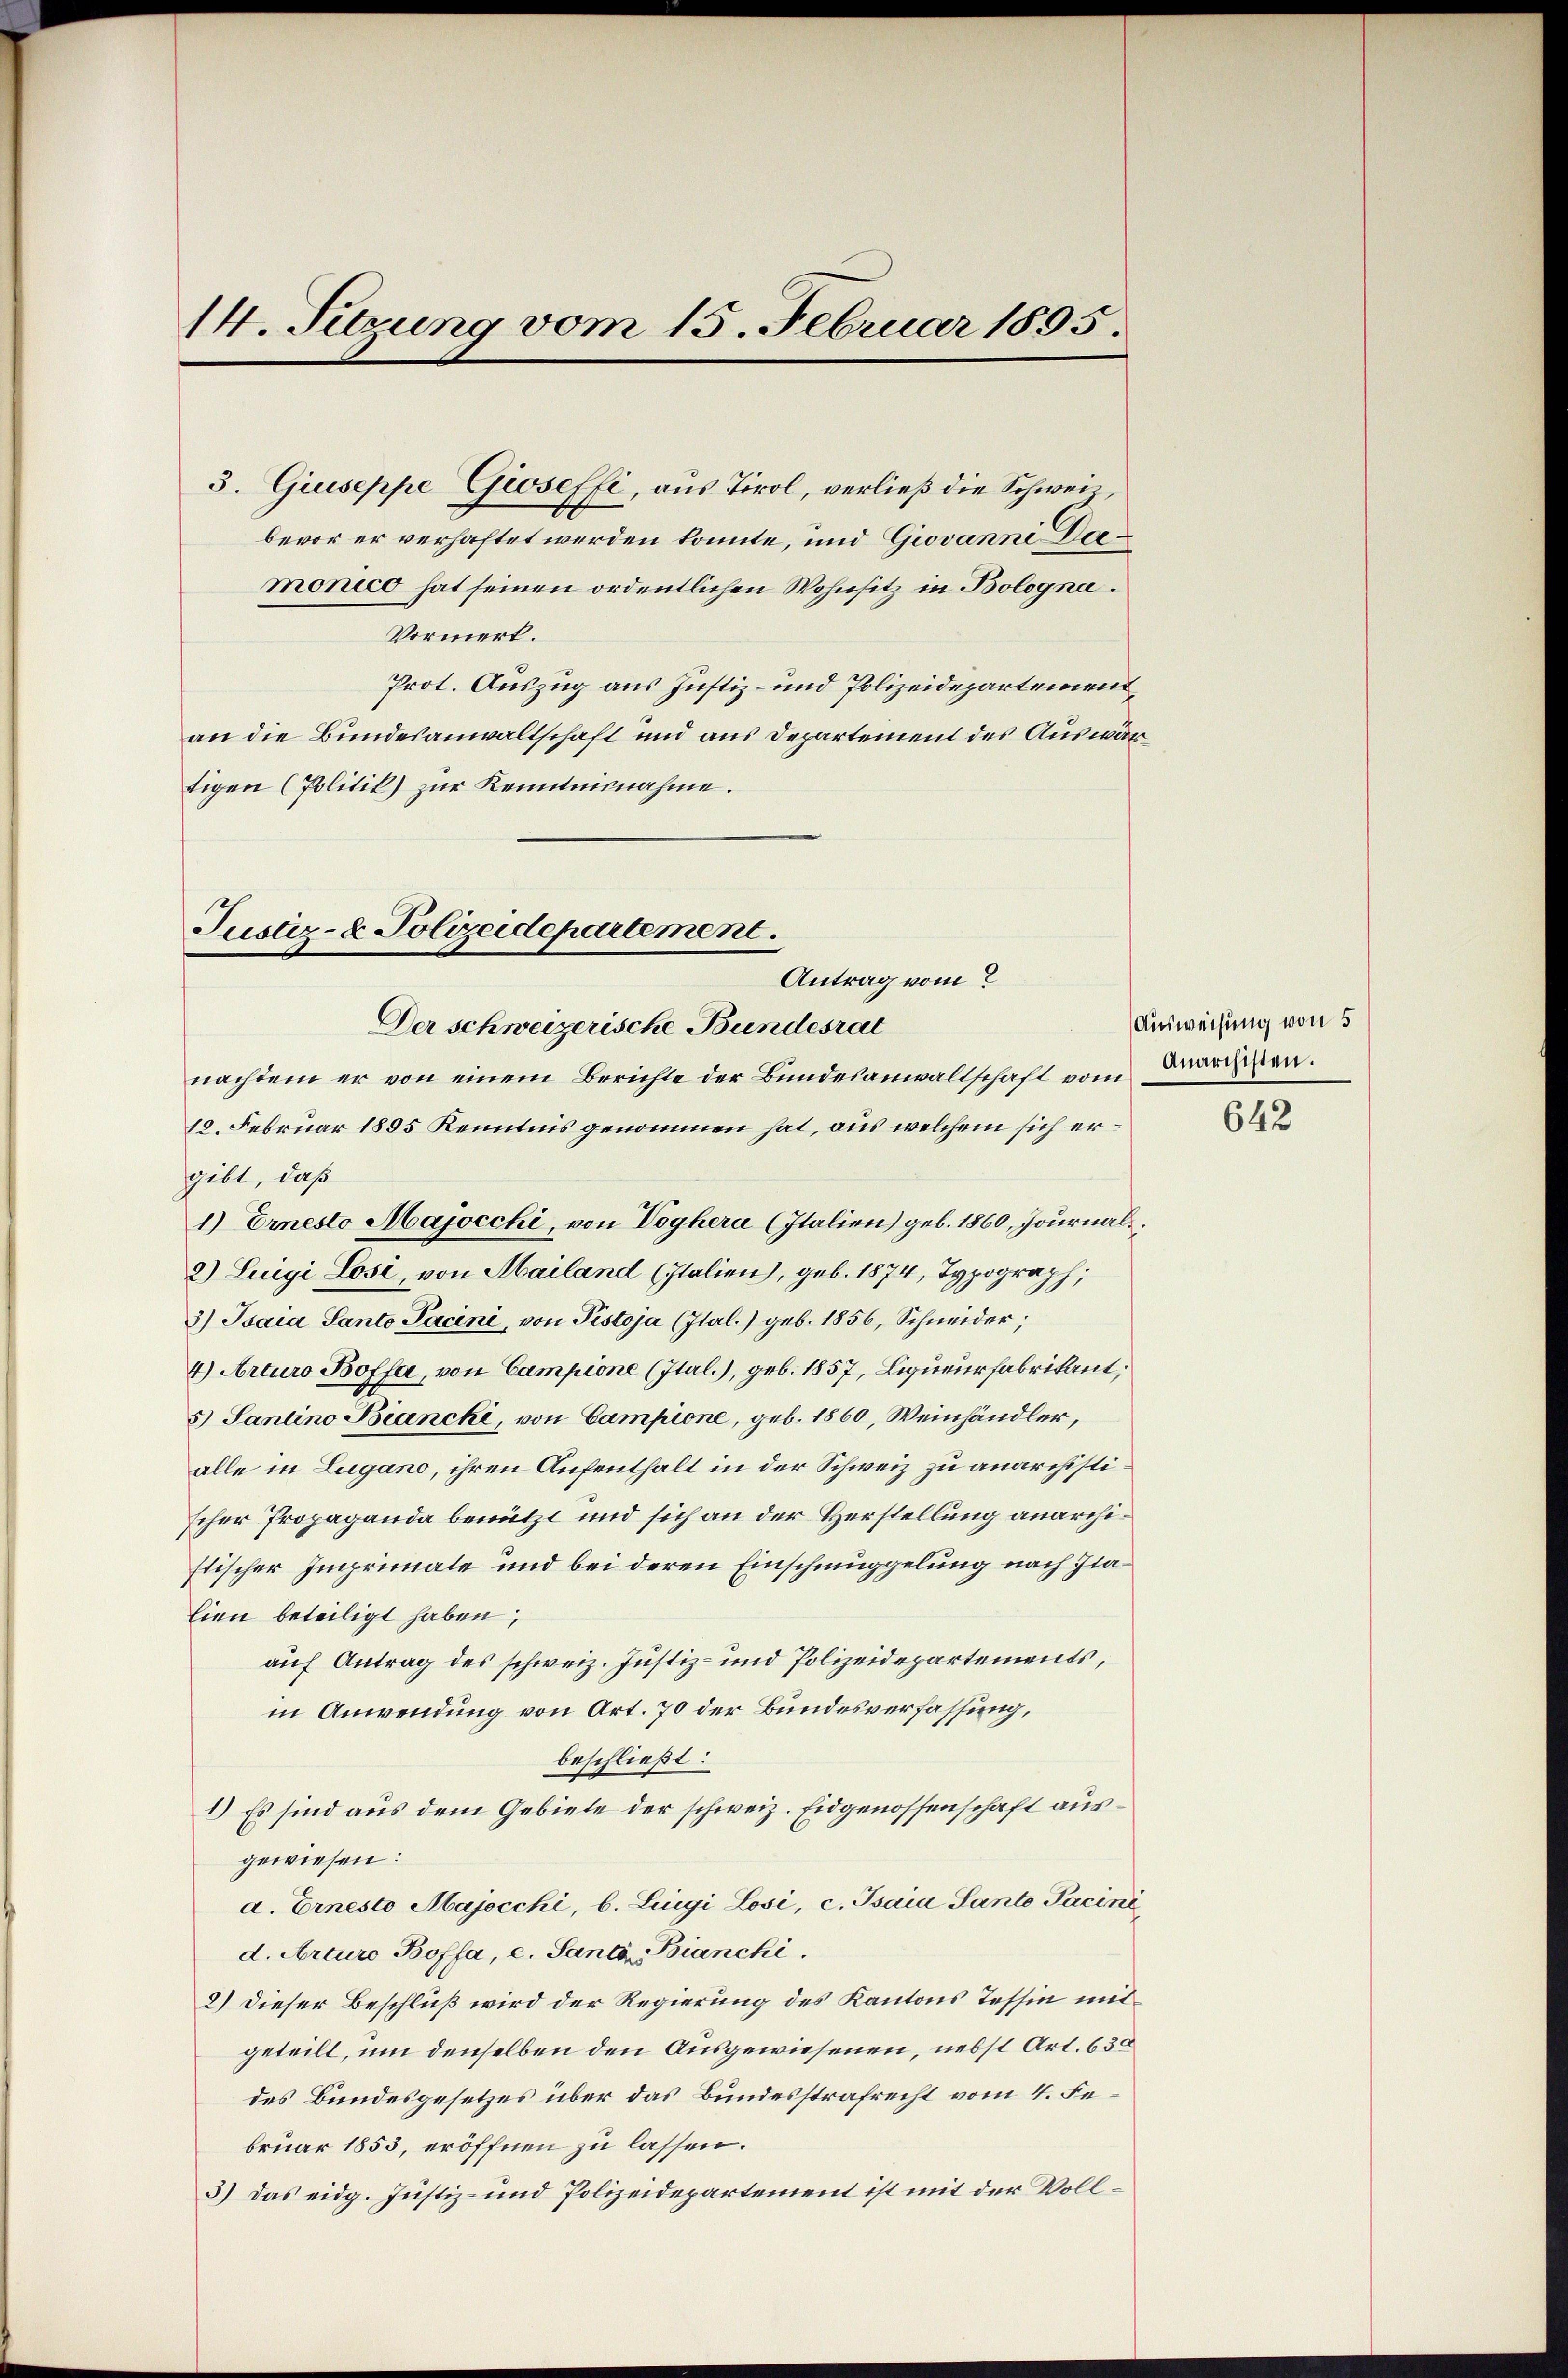
14. Sitzung vom 15. Februar 1895.
3. Giuseppe Gioseffi, aus Tirol, verließ die Schweibevor er verhaftet werden könnte, und Giovanni Dermonio hat seinen ordentlichen Wohnsitz in Bologna.
Vormerk.

Prot. Auszug aus Justiz- und Polizeidepartement
an die Bundesanwaltschaft und aus Departement des Auswärtigen (Politik) zur Kenntnisnahme.

Justiz- & Polizeidepartement.
Antrag vom
Der schweizerische Bundesrat

nachdem er von einem Berichte der Bundesanwaltschaft vom
12. Februar 1895 Kenntnis genommen hat, aus welchem sich ergibt, daß
1.) Ernesto Majocchi, von Voghera (Italien) geb. 1860, Journal
2) Luigi Losi, von Mailand (Italien), geb. 1874, Typograph,
3) Taia Santo Pacini, von Pistoja (Ital.) geb. 1856, Schneider,
4) Arturo Boffa, von Campione (Ital.), geb. 1857, Liqueurfabrikant,
5) Santino Biancki, von Campione, geb. 1860, Weinhändler,
alle in Lugano, ihren Aufenthalt in der Schweiz zu anarchistischer Propaganda benutzt und sich an der Herstellung anarchistischer Imprimate und bei deren Einschmuggelung nach Jialien beteiligt haben,
auf Antrag des schweiz. Justiz- und Polizeidepartements,
in Anwendung von Art. 70 der Bundesverfassung,
beschließt:
1) Es sind aus dem Gebiete der schweiz. Eidgenossenschaft ausgewiesen:
d. Ernesto Majocchi, b. Luigi Losi, c. Psaia Sante Faciné
d. Arturo Boffa, c. Santa Bianchi.
2.) Dieser Beschluß wird der Regierung des Kantons Tessin mitgeteilt, um denselben den Ausgewiesenen, nebst Art. 630
des Bundesgesetzes über das Bundesstrafrecht vom 4. Februar 1853, eröffnen zu lassen.
3) Das eidg. Justiz- und Polizeidepartement ist mit der Voll¬

Ausweisung von 5
Anarchisten.

642